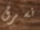
نسرق